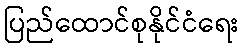
ပြည်ထောင်စုနိုင်ငံရေး